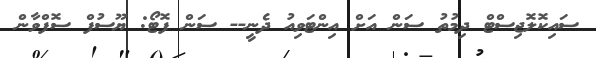
ސައިކޮލޮޖިސްޓް ދިމުތު ސަން އަށް އިންޓަވިއު ދެނީ-- ސަން ފޮޓޯ: ޔޫސުފް ސޮފްވާން